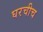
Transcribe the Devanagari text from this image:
घरचीच